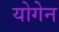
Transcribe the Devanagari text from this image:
योगेन